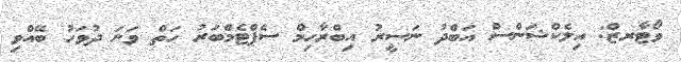
ވޯޓާރޒް: އިލެކްޝަންސް އަބްދު ނަސީރު އިބްރާހިމް ސެޕްޓެމްބަރު ހަތް ވަނަ ދުވަހު ބޭއްވި